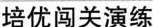
培优闯关演练